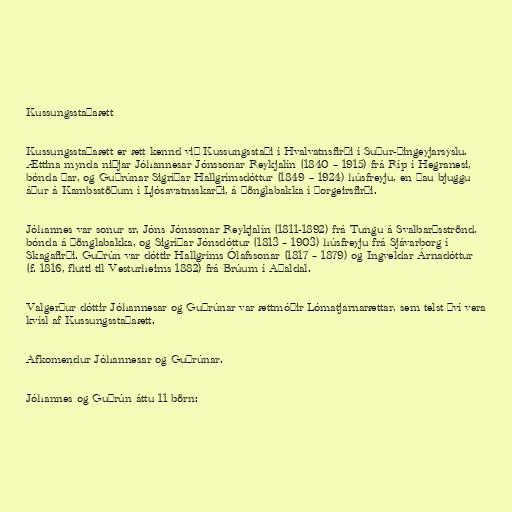
Kussungsstaðaætt

Kussungsstaðaætt er ætt kennd við Kussungsstaði í Hvalvatnsfirði í Suður-Þingeyjarsýslu.
Ættina mynda niðjar Jóhannesar Jónssonar Reykjalín (1840 – 1915) frá Ríp í Hegranesi,
bónda þar, og Guðrúnar Sigríðar Hallgrímsdóttur (1849 – 1924) húsfreyju, en þau bjuggu
áður á Kambsstöðum í Ljósavatnsskarði, á Þönglabakka í Þorgeirsfirði.

Jóhannes var sonur sr. Jóns Jónssonar Reykjalín (1811-1892) frá Tungu á Svalbarðsströnd,
bónda á Þönglabakka, og Sigríðar Jónsdóttur (1813 – 1903) húsfreyju frá Sjávarborg í
Skagafirði. Guðrún var dóttir Hallgríms Ólafssonar (1817 – 1879) og Ingveldar Árnadóttur
(f. 1816, flutti til Vesturheims 1882) frá Brúum í Aðaldal.

Valgerður dóttir Jóhannesar og Guðrúnar var ættmóðir Lómatjarnarættar, sem telst því vera
kvísl af Kussungsstaðaætt.

Afkomendur Jóhannesar og Guðrúnar.

Jóhannes og Guðrún áttu 11 börn: